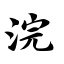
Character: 浣